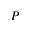
P